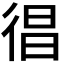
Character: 𢔒